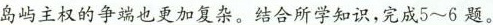
岛屿主权的争端也更加复杂。结合所学知识，完成5~6题。